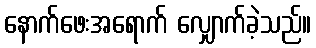
နောက်ဖေးအရောက် လျှောက်ခဲ့သည်။